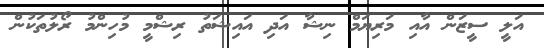
އަލީ ސީޒަން އާއި މަރިޔަމް ނިޝާ އަދި އައިޝަތު ރިޝްމީ މުހިންމު ރޯލުތަކުން